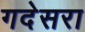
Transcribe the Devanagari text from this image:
गदेसरा